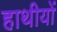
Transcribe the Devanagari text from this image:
हाथीयों